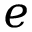
e